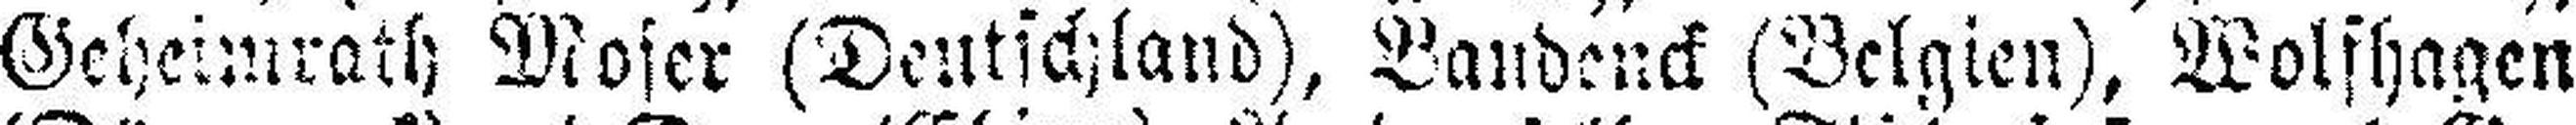
Geheimrath Moser (Deutschland), Vandenck (Belgien), Wolfhagen